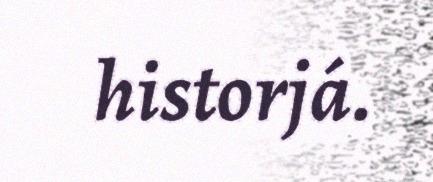
historjá.